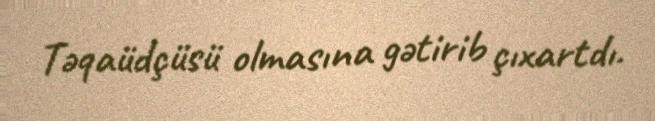
Təqaüdçüsü olmasına gətirib çıxartdı.